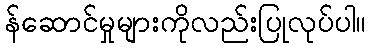
န်ဆောင်မှုများကိုလည်းပြုလုပ်ပါ။